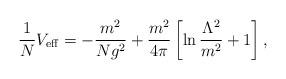
LaTeX: \begin{align*}\frac{1}{N}V_{\rm eff}=-\frac{m^2}{N g^2}+\frac{m^2}{4\pi}\left[\ln\frac{\Lambda^2}{m^2}+1\right],\end{align*}